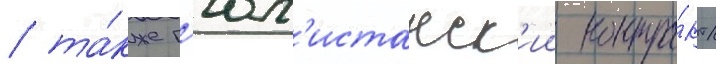
/ та́кже г'юл'истанск'ии контра́кт